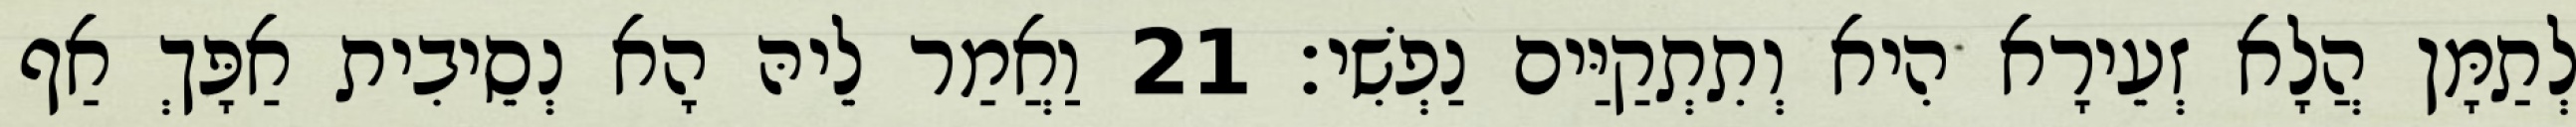
לְתַמָּן הֲלָא זְעֵירָא הִיא וְתִתְקַיַּים נַפְשִׁי׃ 21 וַאֲמַר לֵיהּ הָא נְסֵיבִית אַפָּךְ אַף